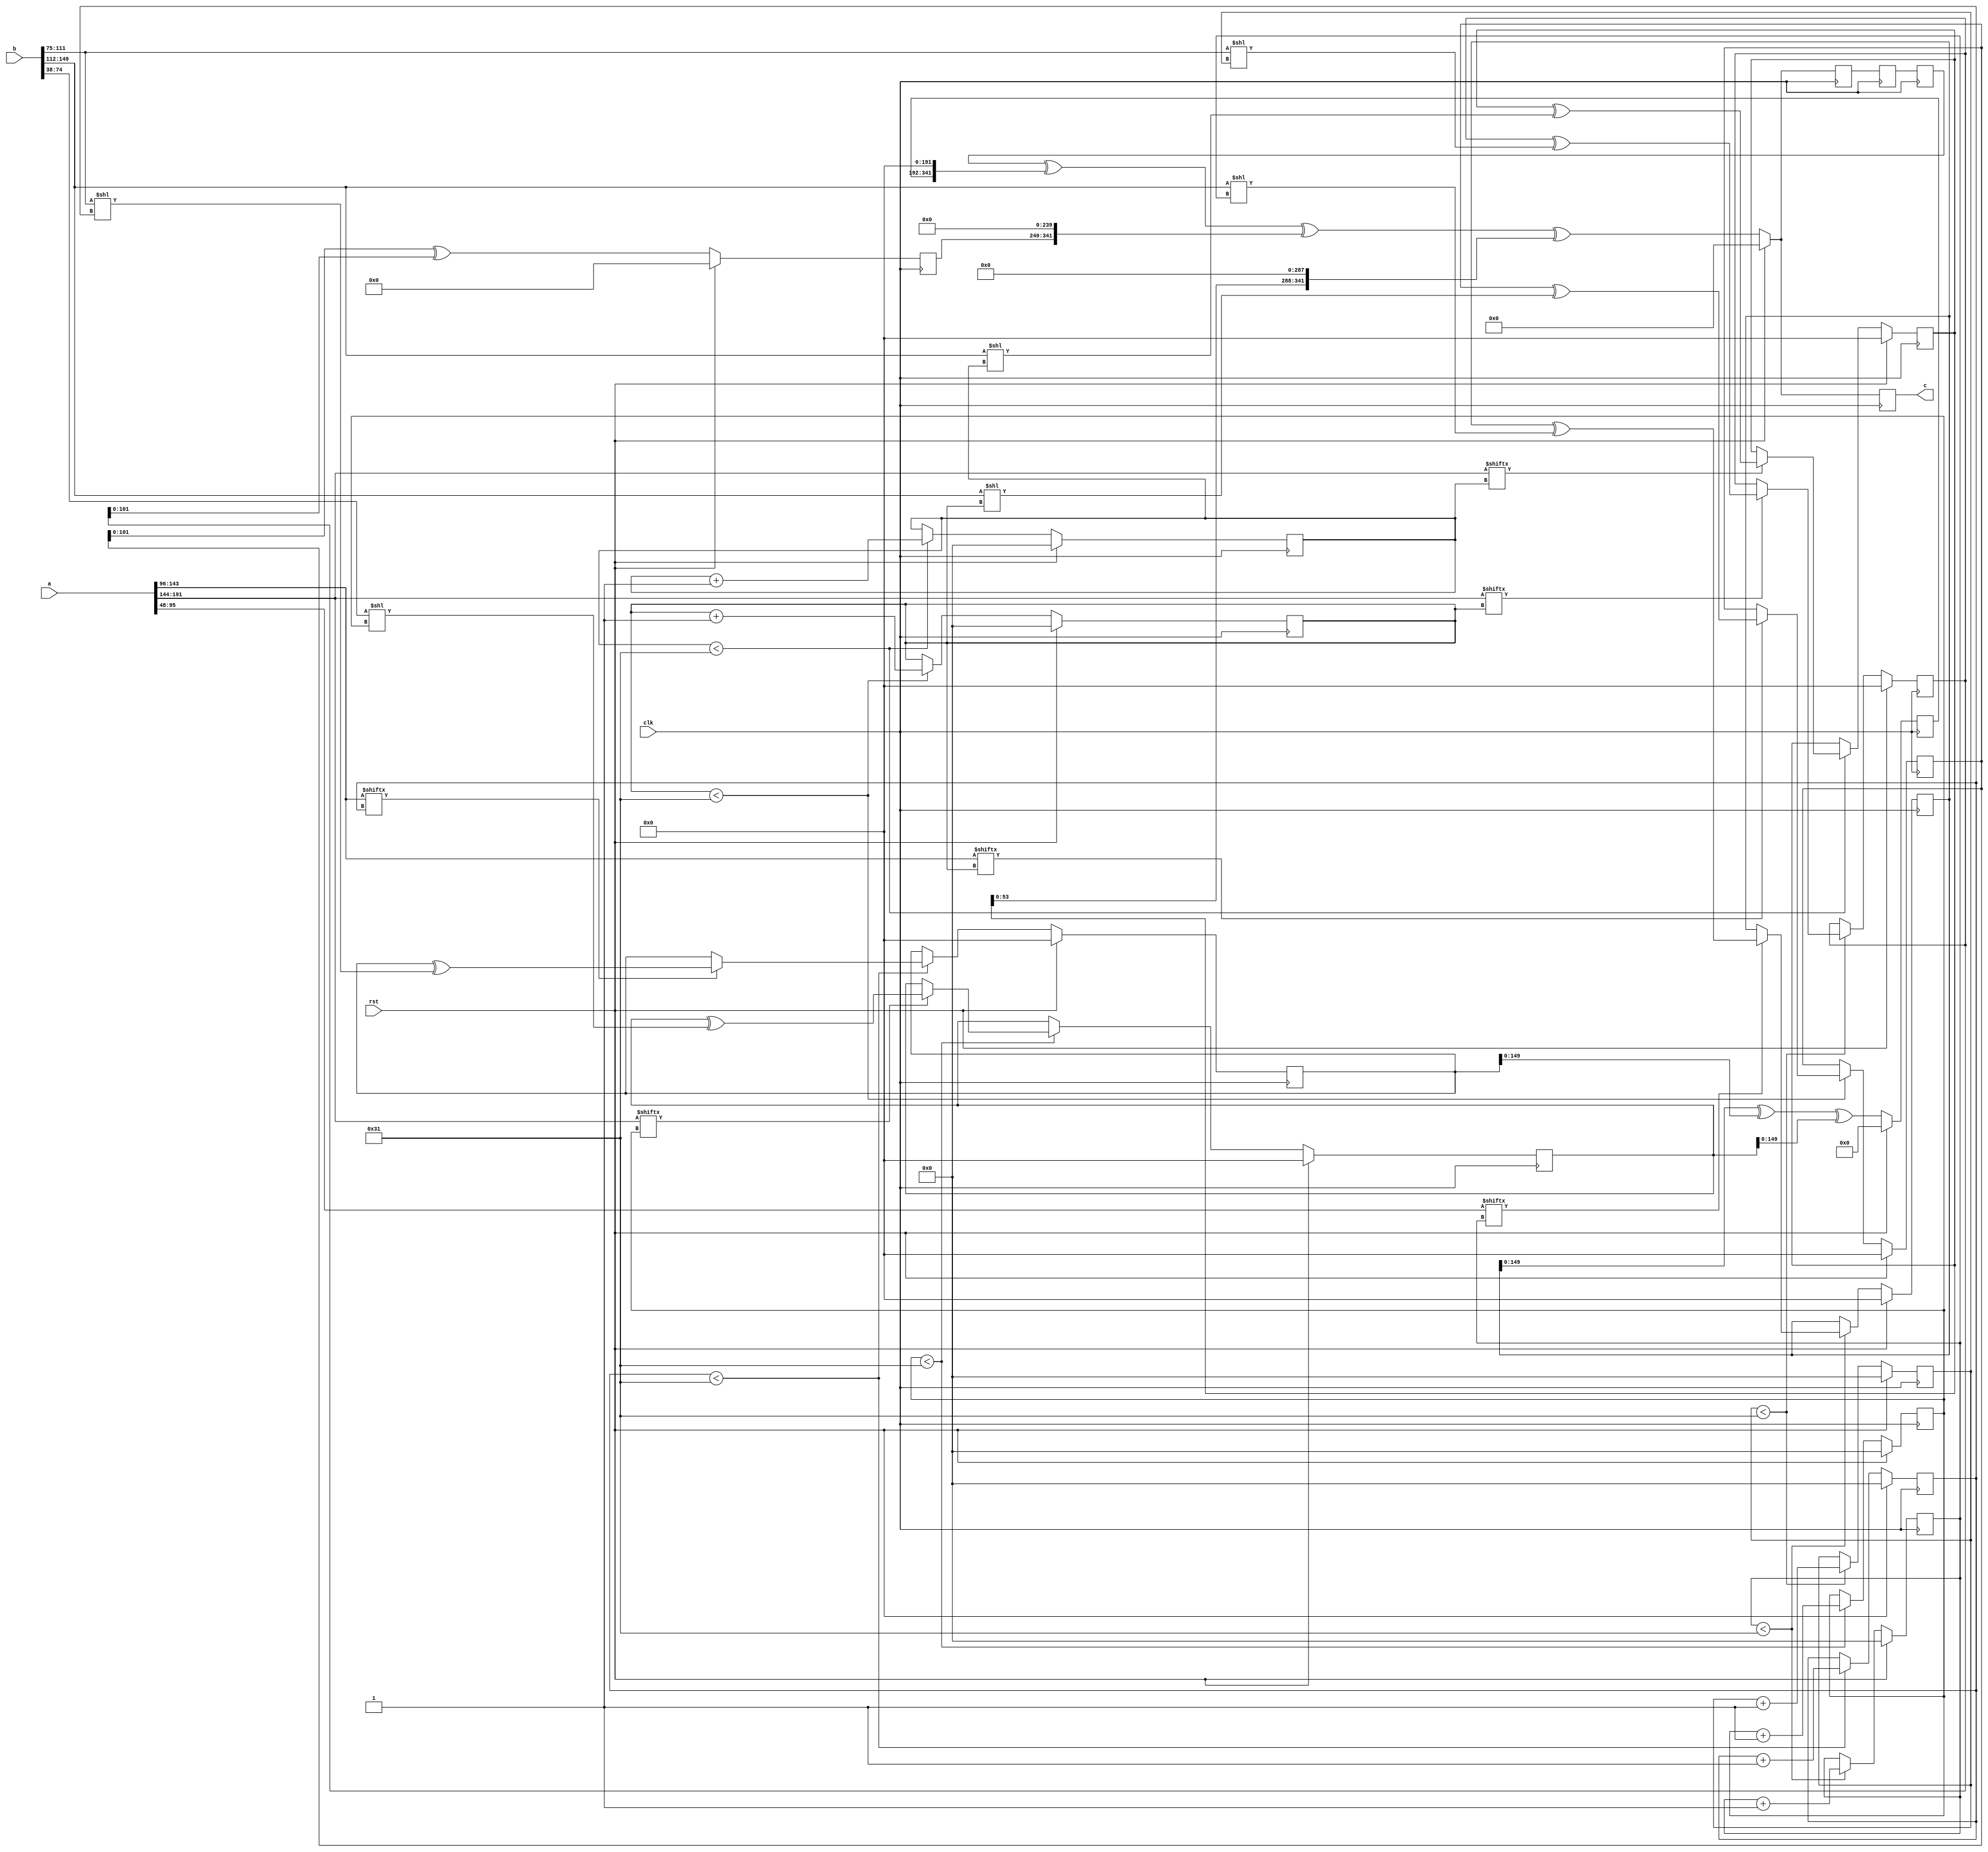
// TalTech large integer multiplier library
// Multiplier type: four_way_toom_cook
// Parameters: 192 150 3
// Target tool: genus
module four_way_toom_cook(clk, rst, a, b, c);
input clk;
input rst;
input [191:0] a;
input [149:0] b;
output reg [341:0] c;

// Pipeline register declaration 
reg [341:0] c_temp_2;
reg [341:0] c_temp_1;

// Wires declaration 
wire  [47:0] a0;
wire  [47:0] a1;
wire  [47:0] a2;
wire  [47:0] a3;
wire  [37:0] b0;
wire  [36:0] b1;
wire  [36:0] b2;
wire  [37:0] b3;

// Registers declaration 
reg  [47:0] counter_d;
reg  [47:0] counter_e1;
reg  [47:0] counter_e2;
reg  [47:0] counter_f1;
reg  [47:0] counter_f2;
reg  [47:0] counter_f3;
reg  [47:0] counter_g1;
reg  [47:0] counter_g2;
reg  [47:0] counter_g3;
reg  [47:0] counter_g4;
reg  [47:0] counter_h1;
reg  [47:0] counter_h2;
reg  [47:0] counter_h3;
reg  [47:0] counter_i1;
reg  [47:0] counter_i2;
reg  [47:0] counter_j;
reg  [191:0] d;
reg  [191:0] e1_mul;
reg  [191:0] e2_mul;
reg  [191:0] e;
reg  [191:0] f1_mul;
reg  [191:0] f2_mul;
reg  [191:0] f3_mul;
reg  [191:0] f;
reg  [191:0] g1_mul;
reg  [191:0] g2_mul;
reg  [191:0] g3_mul;
reg  [191:0] g4_mul;
reg  [191:0] g;
reg  [191:0] h1_mul;
reg  [191:0] h2_mul;
reg  [191:0] h3_mul;
reg  [191:0] h;
reg  [191:0] i1_mul;
reg  [191:0] i2_mul;
reg  [191:0] i;
reg  [191:0] j;
reg  [341:0] temp;

// Initial assignments to wires
assign a0 = a[47:0];
assign a1 = a[95:48];
assign a2 = a[143:96];
assign a3 = a[191:144];
assign b0 = b[37:0];
assign b1 = b[74:38];
assign b2 = b[111:75];
assign b3 = b[149:112];

// Step-1 of 4-Way TCM Multiplier
always @(posedge clk) begin
		if (rst) begin			counter_d <= 48'd0;
			d <= 192'd0;
		end
		else if (counter_d < 49) begin
			if (a3[counter_d] == 1'b1) begin
				d <= d ^ (b3 << counter_d);
				counter_d <= counter_d + 1;
			end
			counter_d <= counter_d + 1;
		end
end

// Step-2 (Part-1) of 4-Way TCM Multiplier
always @(posedge clk) begin
		if (rst) begin
			counter_e1 <= 48'd0;
			e1_mul <= 192'd0;
		end
		else if (counter_e1 < 49) begin
			if (a2[counter_e1] == 1'b1) begin
				e1_mul <= e1_mul ^ (b3 << counter_e1);
				counter_e1 <= counter_e1 + 1;
			end
			counter_e1 <= counter_e1 + 1;
		end
end

// Step-2 (Part-2) of 4-Way TCM Multiplier
always @(posedge clk) begin
		if (rst) begin
			counter_e2 <= 48'd0;
			e2_mul <= 192'd0;
		end
		else if (counter_e2 < 49) begin
			if (a3[counter_e1] == 1'b1) begin
				e2_mul <= e2_mul ^ (b2 << counter_e2);
				counter_e2 <= counter_e2 + 1;
			end
			counter_e2 <= counter_e2 + 1;
		end
end

// Step-2 (Part-3) of 4-Way TCM Multiplier
always @(posedge clk) begin
		if (rst) begin
			e <= 192'd0;
		end
		else begin
			e <= e1_mul ^ e2_mul;
		end
end

// Step-3 (Part-1) of 4-Way TCM Multiplier
always @(posedge clk) begin
		if (rst) begin
			counter_f1 <= 48'd0;
			f1_mul <= 192'd0;
		end
		else if (counter_f1 < 49) begin
			if (a1[counter_f1] == 1'b1) begin
				f1_mul <= f1_mul ^ (b3 << counter_f1);
				counter_f1 <= counter_f1 + 1;
			end
			counter_f1 <= counter_f1 + 1;
		end
end

// Step-3 (Part-2) of 4-Way TCM Multiplier
always @(posedge clk) begin
		if (rst) begin
			counter_f2 <= 48'd0;
			f2_mul <= 192'd0;
		end
		else if (counter_f2 < 49) begin
			if (a2[counter_f2] == 1'b1) begin
				f2_mul <= f2_mul ^ (b2 << counter_f2);
				counter_f2 <= counter_f2 + 1;
			end
			counter_f2 <= counter_f2 + 1;
		end
end

// Step-3 (Part-3) of 4-Way TCM Multiplier
always @(posedge clk) begin
		if (rst) begin
			counter_f3 <= 48'd0;
			f3_mul <= 192'd0;
		end
		else if (counter_f3 < 49) begin
			if (a3[counter_f3] == 1'b1) begin
				f3_mul <= f3_mul ^ (b1 << counter_f3);
				counter_f3 <= counter_f3 + 1;
			end
			counter_f3 <= counter_f3 + 1;
		end
end

// Step-3 (Part-4) of 4-Way TCM Multiplier
always @(posedge clk) begin
		if (rst) begin
			f <= 192'd0;
		end
		else begin
			f <= f1_mul ^ f2_mul ^ f3_mul;
		end
end

// Step-4 (Part-1) of 4-Way TCM Multiplier
always @(posedge clk) begin
		if (rst) begin
			counter_g1 <= 48'd0;
			g1_mul <= 192'd0;
		end
		else if (counter_g1 < 49) begin
			if (a0[counter_g1] == 1'b1) begin
				g1_mul <= g1_mul ^ (b3 << counter_g1);
				counter_g1 <= counter_g1 + 1;
			end
			counter_g1 <= counter_g1 + 1;
		end
end

// Step-4 (Part-2) of 4-Way TCM Multiplier
always @(posedge clk) begin
		if (rst) begin
			counter_g2 <= 48'd0;
			g2_mul <= 192'd0;
		end
		else if (counter_g2 < 49) begin
			if (a1[counter_g2] == 1'b1) begin
				g2_mul <= g2_mul ^ (b2 << counter_g2);
				counter_g2 <= counter_g2 + 1;
			end
			counter_g2 <= counter_g2 + 1;
		end
end

// Step-4 (Part-3) of 4-Way TCM Multiplier
always @(posedge clk) begin
		if (rst) begin
			counter_g3 <= 48'd0;
			g3_mul <= 192'd0;
		end
		else if (counter_g3 < 49) begin
			if (a2[counter_g3] == 1'b1) begin
				g3_mul <= g3_mul ^ (b1 << counter_g3);
				counter_g3 <= counter_g3 + 1;
			end
			counter_g3 <= counter_g3 + 1;
		end
end

// Step-4 (Part-4) of 4-Way TCM Multiplier
always @(posedge clk) begin
		if (rst) begin
			counter_g4 <= 48'd0;
			g4_mul <= 192'd0;
		end
		else if (counter_g4 < 49) begin
			if (a3[counter_g4] == 1'b1) begin
				g4_mul <= g4_mul ^ (b0 << counter_g4);
				counter_g4 <= counter_g4 + 1;
			end
			counter_g4 <= counter_g4 + 1;
		end
end

// Step-4 (Part-5) of 4-Way TCM Multiplier
always @(posedge clk) begin
		if (rst) begin
			g <= 192'd0;
		end
		else begin
			g <= g1_mul ^ g2_mul ^ g3_mul ^ g4_mul;
		end
end

// Step-5 (Part-1) of 4-Way TCM Multiplier
always @(posedge clk) begin
		if (rst) begin
			counter_h1 <= 48'd0;
			h1_mul <= 192'd0;
		end
		else if (counter_h1 < 49) begin
			if (a0[counter_h1] == 1'b1) begin
				h1_mul <= h1_mul ^ (b2 << counter_h1);
				counter_h1 <= counter_h1 + 1;
			end
			counter_h1 <= counter_h1 + 1;
		end
end

// Step-5 (Part-2) of 4-Way TCM Multiplier
always @(posedge clk) begin
		if (rst) begin
			counter_h2 <= 48'd0;
			h2_mul <= 192'd0;
		end
		else if (counter_h2 < 49) begin
			if (a1[counter_h2] == 1'b1) begin
				h2_mul <= h2_mul ^ (b1 << counter_h2);
				counter_h2 <= counter_h2 + 1;
			end
			counter_h2 <= counter_h2 + 1;
		end
end

// Step-5 (Part-3) of 4-Way TCM Multiplier
always @(posedge clk) begin
		if (rst) begin
			counter_h3 <= 48'd0;
			h3_mul <= 192'd0;
		end
		else if (counter_h3 < 49) begin
			if (a2[counter_h3] == 1'b1) begin
				h3_mul <= h3_mul ^ (b0 << counter_h3);
				counter_h3 <= counter_h3 + 1;
			end
			counter_h3 <= counter_h3 + 1;
		end
end

// Step-5 (Part-4) of 4-Way TCM Multiplier
always @(posedge clk) begin
		if (rst) begin
			h <= 192'd0;
		end
		else begin
			h <= h1_mul ^ h2_mul ^ h3_mul;
		end
end

// Step-6 (Part-1) of 4-Way TCM Multiplier
always @(posedge clk) begin
		if (rst) begin
			counter_i1 <= 48'd0;
			i1_mul <= 192'd0;
		end
		else if (counter_i1 < 49) begin
			if (a0[counter_i1] == 1'b1) begin
				i1_mul <= i2_mul ^ (b1 << counter_i1);
				counter_i1 <= counter_i1 + 1;
			end
			counter_i1 <= counter_i1 + 1;
		end
end

// Step-6 (Part-2) of 4-Way TCM Multiplier
always @(posedge clk) begin
		if (rst) begin
			counter_i2 <= 48'd0;
			i2_mul <= 192'd0;
		end
		else if (counter_i2 < 49) begin
			if (a1[counter_i2] == 1'b1) begin
				i2_mul <= i2_mul ^ (b0 << counter_i2);
				counter_i2 <= counter_i2 + 1;
			end
			counter_i2 <= counter_i2 + 1;
		end
end

// Step-6 (Part-3) of 4-Way TCM Multiplier
always @(posedge clk) begin
		if (rst) begin
			i <= 192'd0;
		end
		else begin
			i <= i1_mul ^ i2_mul;
		end
end

// Step-7 of 4-Way TCM Multiplier
always @(posedge clk) begin
		if (rst) begin
			counter_j = 48'd0;
			j = 192'd0;
		end
		else if (counter_j < 49) begin
			if (a0[counter_j] == 1'b1) begin
				j = j ^ (b0 << counter_j);
				counter_j = counter_j + 1;
			end
			counter_j = counter_j + 1;
		end
end

// Step-8 of 4-Way TCM Multiplier
always @(posedge clk) begin
		if (rst) begin
			temp = 342'd0;
			c = 342'd0;
		end
		else begin
			temp = j;
			temp = temp ^ (i << 48);
			temp = temp ^ (h << 96);
			temp = temp ^ (g << 144);
			temp = c_temp_2 ^ (f << 192);
			temp = temp ^ (e << 240);
			temp = temp ^ (d << 288);
			c = temp;
		end
end

// pipeline stages
always @(posedge clk) begin
	c_temp_1 <= temp;
	c_temp_2 <= c_temp_1;
end
endmodule